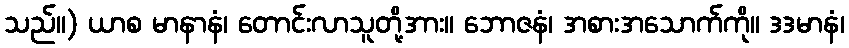
သည်။) ယာစ မာနာနံ၊ တောင်းလာသူတို့အား။ ဘောဇနံ၊ အစားအသောက်ကို။ ဒဒမာနံ၊